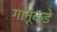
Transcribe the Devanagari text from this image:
गानूंकडे